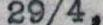
29/4,